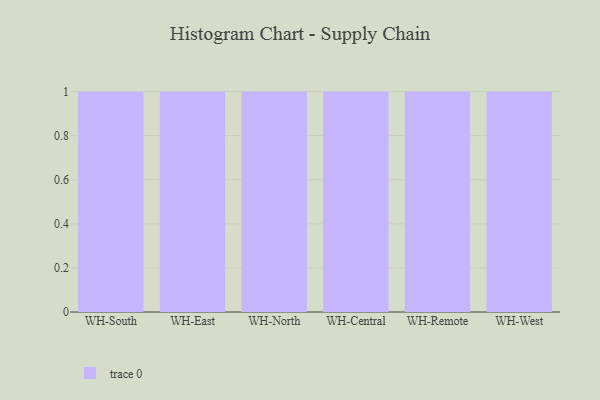
{"axis": {"x": "Warehouse", "y": "Page Views"}, "legend": [""], "data": [{"x": "WH-South", "y": 47, "type": ""}, {"x": "WH-East", "y": 37, "type": ""}, {"x": "WH-North", "y": 73, "type": ""}, {"x": "WH-Central", "y": 19, "type": ""}, {"x": "WH-Remote", "y": 96, "type": ""}, {"x": "WH-West", "y": 71, "type": ""}]}